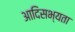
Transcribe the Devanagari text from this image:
आदिसभ्‍यता